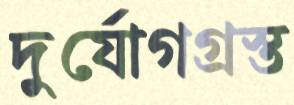
দুর্যোগগ্রস্ত